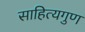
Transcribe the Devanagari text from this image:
साहित्यगुण